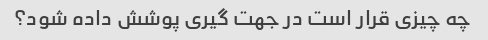
چه چیزی قرار است در جهت گیری پوشش داده شود؟